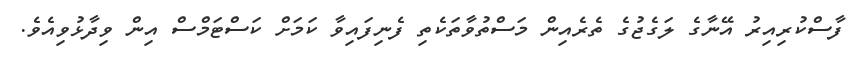
ފާސްކުރިއިރު އޭނާގެ ލަގެޖުގެ ތެރެއިން މަސްތުވާތަކެތި ފެނިފައިވާ ކަމަށް ކަސްޓަމްސް އިން ވިދާޅުވިއެވެ.